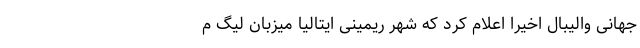
جهانی والیبال اخیراً اعلام کرد که شهر ریمینی ایتالیا میزبان لیگ م